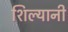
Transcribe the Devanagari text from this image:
शिल्यानी